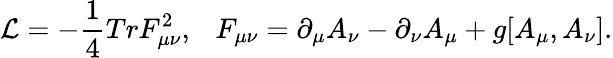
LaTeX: {\cal L}=-\frac 14TrF_{\mu\nu}^{2},\ \ \ F_{\mu\nu}=\partial_{\mu}A_{\nu}-\partial_{\nu}A_{\mu}+g[A_{\mu},A_{\nu}].